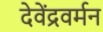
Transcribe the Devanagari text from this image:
देवेंद्रवर्मन